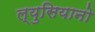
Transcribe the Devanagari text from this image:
ल्युसियानो